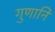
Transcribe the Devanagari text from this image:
गुणानि